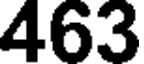
463